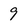
Character: 9